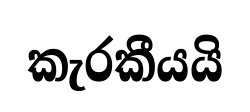
කැරකීයයි